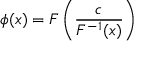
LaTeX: \phi ( x ) = F \left( \frac { c } { F ^ { - 1 } ( x ) } \right)